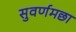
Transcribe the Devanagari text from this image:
सुवर्णमछा